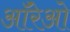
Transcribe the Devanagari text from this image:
ऑरेओ